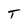
Character: T